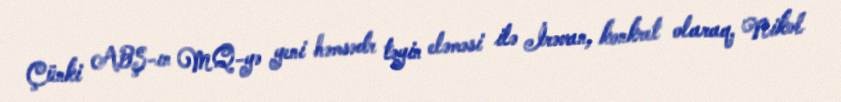
Çünki ABŞ-ın MQ-yə yeni həmsədr təyin eləməsi ilə İrəvan, konkret olaraq, Nikol